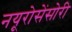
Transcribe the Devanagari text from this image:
नयूरोसेंसोरी